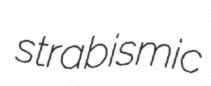
strabismic